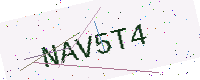
Text: NAV5T4